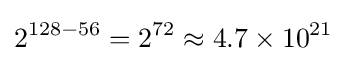
2^{128-56}=2^{72}\approx 4.7\times 10^{21}